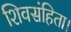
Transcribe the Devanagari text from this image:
शिवसंहिता।